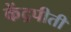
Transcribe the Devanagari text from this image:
केंद्रपीती